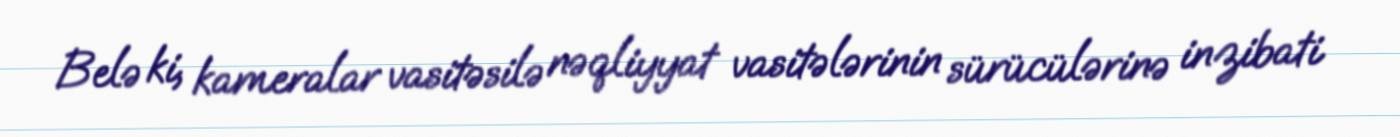
Belə ki, kameralar vasitəsilə nəqliyyat vasitələrinin sürücülərinə inzibati